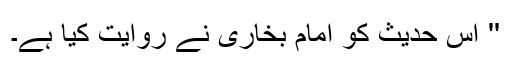
'' اِس حدیث کو امام بخاری نے روایت کیا ہے۔